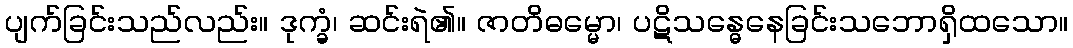
ပျက်ခြင်းသည်လည်း။ ဒုက္ခံ၊ ဆင်းရဲ၏။ ဇာတိဓမ္မော၊ ပဋိသန္ဓေနေခြင်းသဘောရှိထသော။